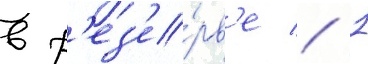
в р'ез'е́рв'е // 1